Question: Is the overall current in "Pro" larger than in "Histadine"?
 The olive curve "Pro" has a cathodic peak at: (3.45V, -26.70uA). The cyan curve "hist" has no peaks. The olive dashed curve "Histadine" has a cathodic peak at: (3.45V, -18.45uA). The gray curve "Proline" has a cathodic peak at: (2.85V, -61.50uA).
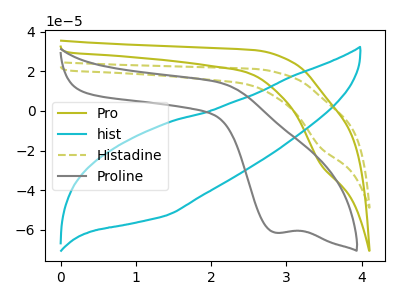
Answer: <think>All the peaks in "Pro" have a peak in "Histadine" at the same potential. Every peak in "Pro" is higher than every peak in "Histadine".
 </think>
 <answer>"Pro" has more signal than "Histadine".</answer>
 <eval>more_signal</eval>